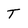
Character: T